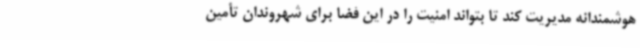
هوشمندانه مدیریت کند تا بتواند امنیت را در این فضا برای شهروندان تأمین